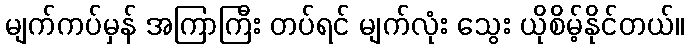
မျက်ကပ်မှန် အကြာကြီး တပ်ရင် မျက်လုံး သွေး ယိုစိမ့်နိုင်တယ်။